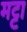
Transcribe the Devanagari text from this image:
मट्टा